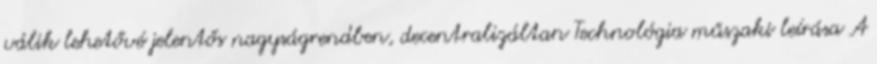
válik lehetővé jelentős nagyságrendben, decentralizáltan Technológia műszaki leírása A